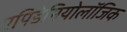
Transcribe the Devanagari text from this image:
एपिडेमियोलॉजिक